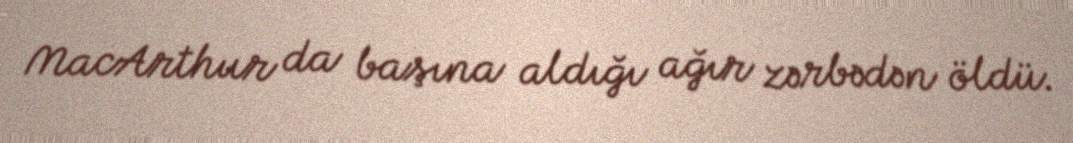
MacArthur da başına aldığı ağır zərbədən öldü.